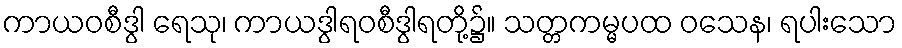
ကာယဝစီဒွါ ရေသု၊ ကာယဒွါရဝစီဒွါရတို့၌။ သတ္တကမ္မပထ ဝသေန၊ ရပါးသော